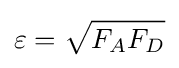
\varepsilon ={\sqrt {F_{A}F_{D}}}